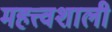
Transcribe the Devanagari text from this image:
महत्त्वशाली